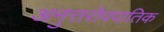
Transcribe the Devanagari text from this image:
अनुत्तरोपपातिक